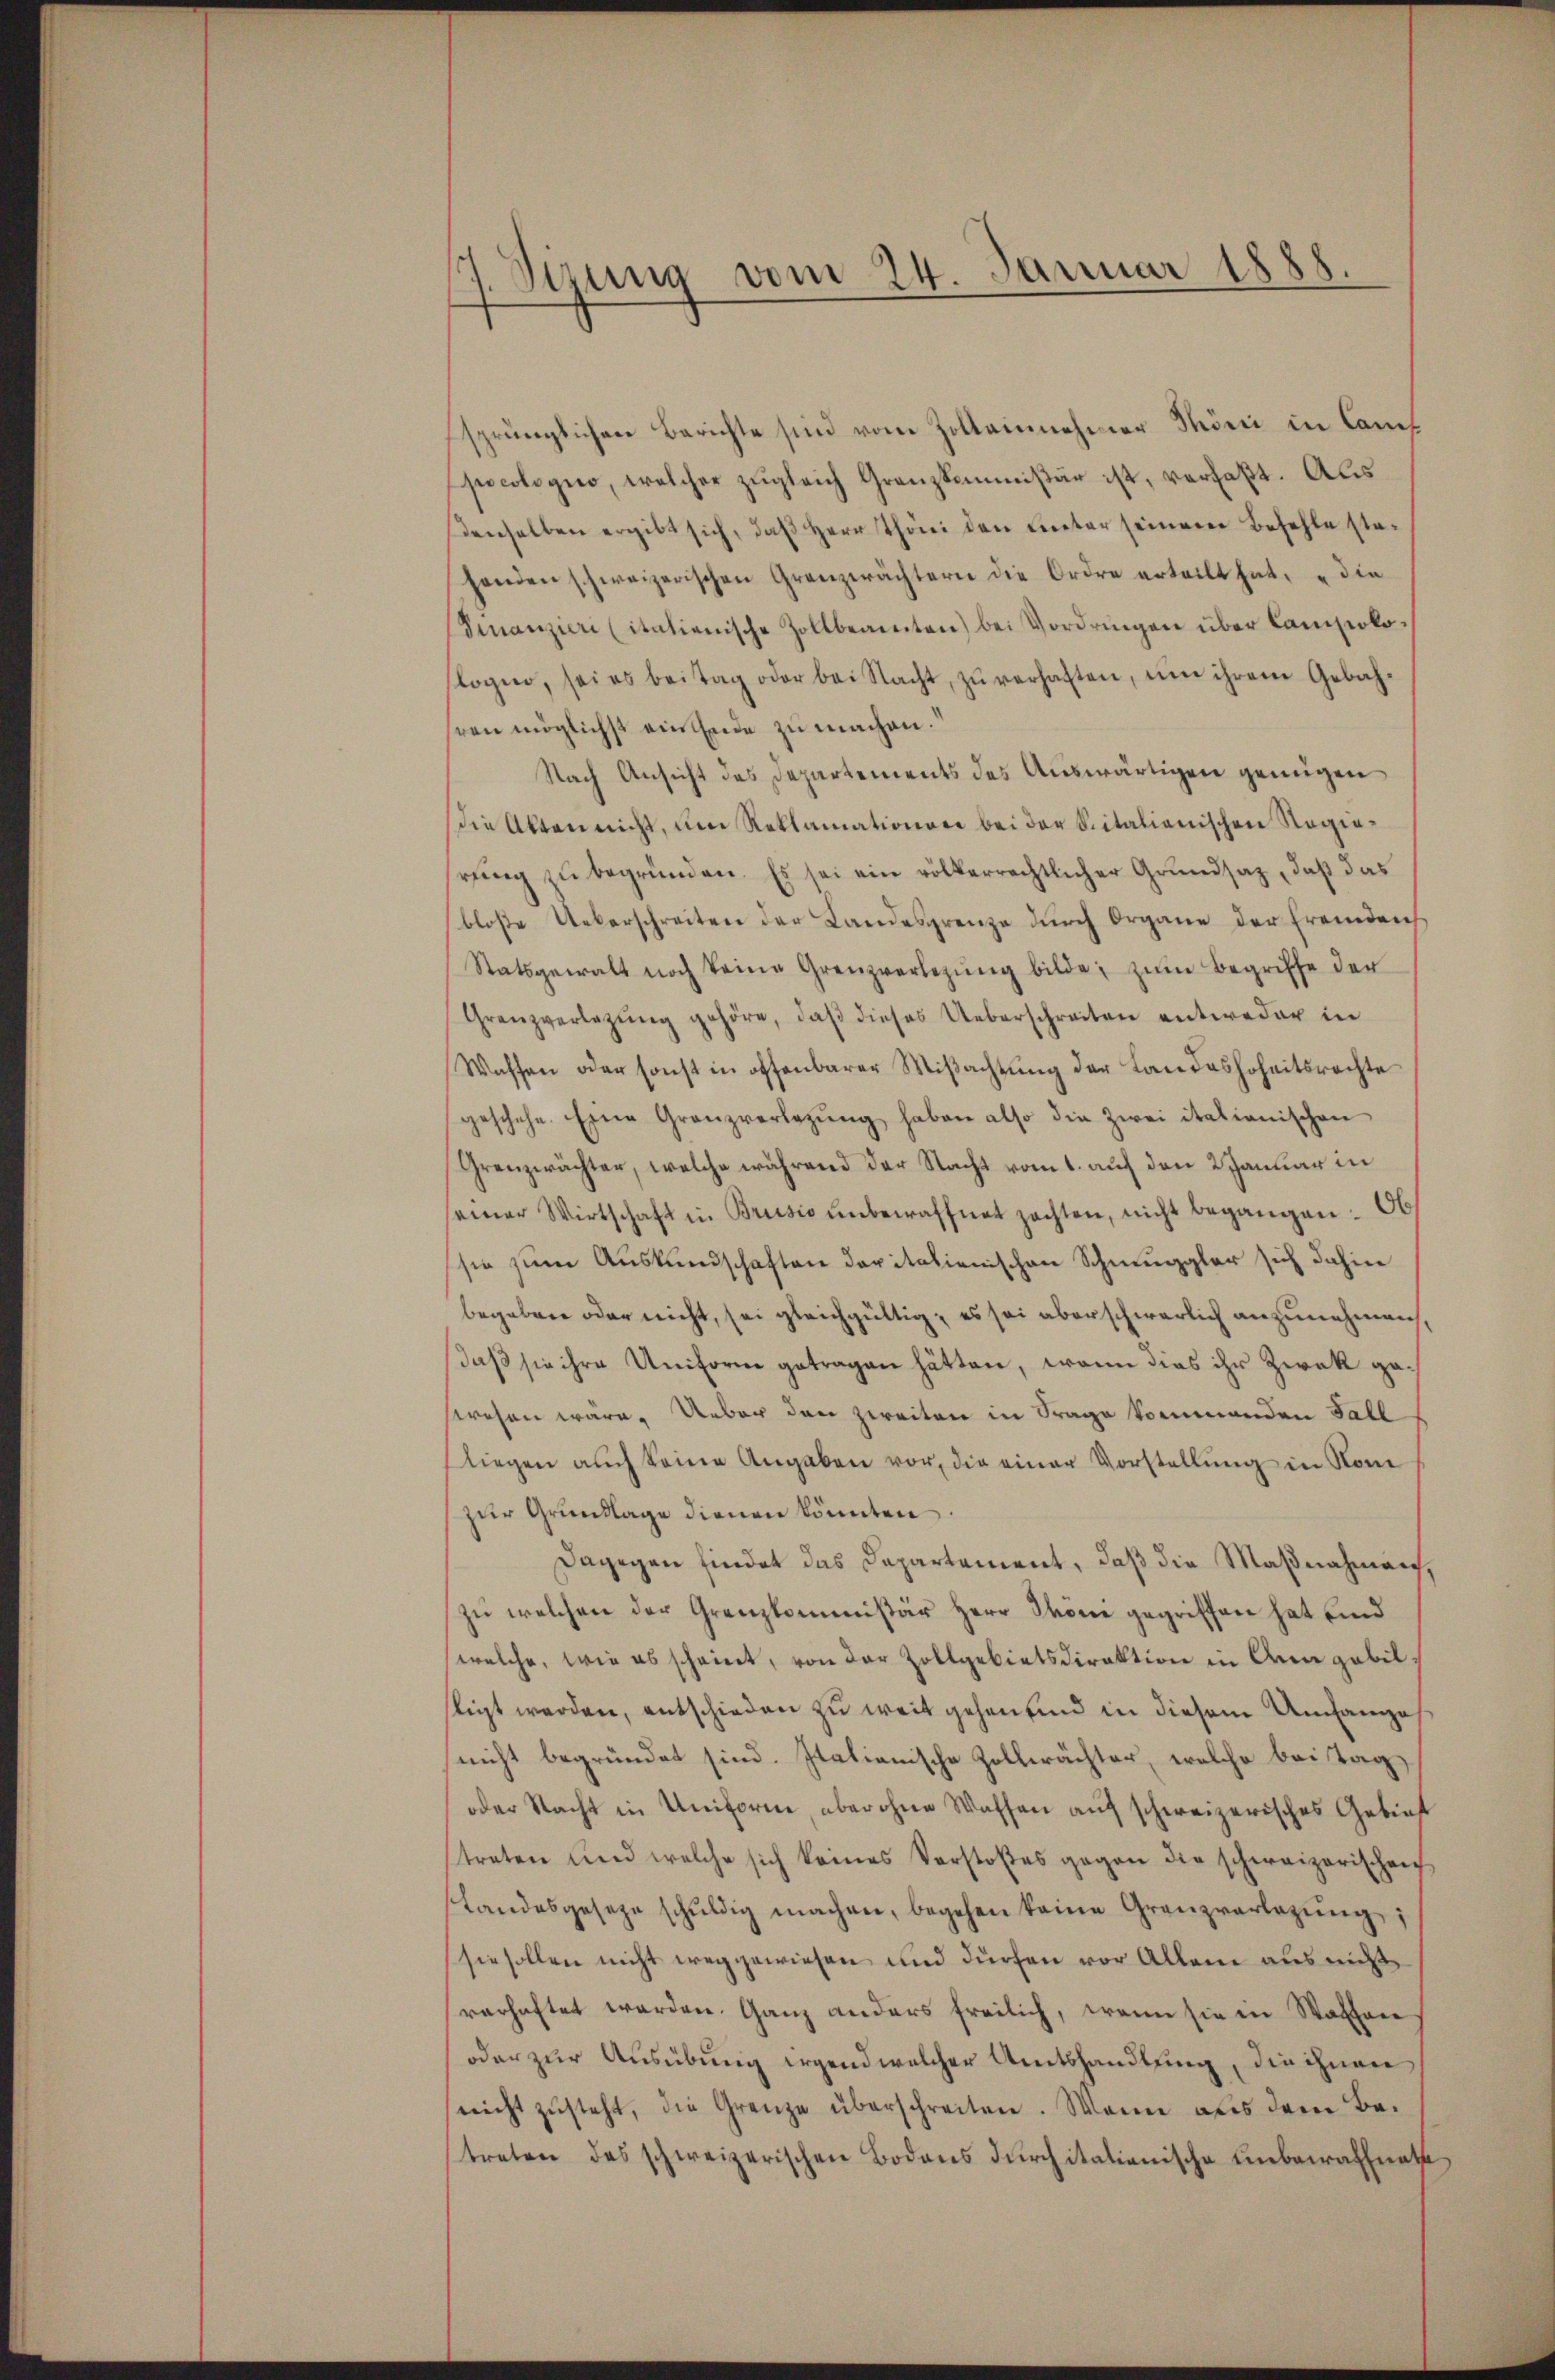
s
1. Sirung vom 24. Januar 1888.

sprünglichen Berichte sind vom Zolleinnehmer Töni in Canef
poeologio, welcher zugleich Granzkommißär ist, verfaßt. Aus
denselben ergibt sich, daß Herr Thöni den Liter seinem Befehle stahenden schweizerischen Grenzerächtern die Ordre erteilt hat, „die
(Finanzier (italienische Zollbeamten) bei Vordringen über Campolo-
logie, sei es beitag oder bei Nacht zŭ verhaften, ŭm ihrem Gebäh-
hren möglichst ein Ende zu machen.
Nach Ansicht des Departements des Auswärtigen genügen
die Akten nicht, um Reklamationen bei der Spitalienischen Regierung zu begründen. Es sei ein völkerrechtlicher Grundsaz, daß das
bloβe Ueberschreiten der Landesgrenze dŭrch Organe der fremdens
Statsgewalt noch keine Grenzverlegŭng bilde, zum Begriffe der
Granzverlegŭng gehöre, daβ dieses Ueberschreiten entweder in
Waffen oder sonst in offenbarer Mißachtung der Landeshoheitsrechte
geschehe. Eine Granzverlegŭng haben also die Zwei itationischen
Grenzwächter, welche während der Nacht vom 1. auf den 2 Januar in
seiner Wirtschaft in Brusio unbewaffnet achten, nicht begangen. Ob
sie zum Auskundschaften dopitalienischen Schmuggler sich dahin
begeben oder nicht, sei gleichgültig; es sei aberschwerlich anzunehmen,
daß sie ihre Uniform getragen hätten, wenn dies ihr Zwek gewesen wäre. Ueber den zweiten in Frage kommenden Fall
liegen aŭch seine Angaben vor, die einer Vorstellŭng in Nomi
zŭr Grundlage dienen könnten
Dagegen findet das Departement, daß die Maßnahmen,
zu welchen der Grenzkommissär Herr Thoni gegriffen hat und
welche, wie es scheint, von der Zollgebietsdirektion in Arm gebil
ligt werden, entschieden zu weit gehen sind in diesem Umfanges
nicht begründet sind. Italienische Zollerächter, welche bei Tag
oder Nacht in Uniform, aber ohne Waffen aŭf schweizerisches Gebiet
streten und welche sich keines Verstoßes gegen die schweizerischei
standesgesetze schŭldig machen, begehen keine Granzverlegŭng:
sie sollen nicht weggewiesen und dürfen vor Allem aus nicht
varhaftet werden. Ganz anders freilich, wenn sie in Waffen
oder zur Ausübung irgend welcher Amtshandlung, die ihnen
nicht zusteht, die Grenze überschreiten. Wenn aus dem Betreten des schweizerischen Bodens durchitationische unbewaffnathe